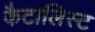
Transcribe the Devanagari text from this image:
कैटालिस्ट